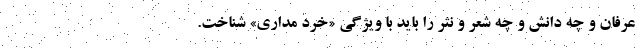
عرفان و چه دانش و چه شعر و نثر را باید با ویژگی «خرد مداری» شناخت.